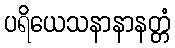
ပရိယေသနာနာနတ္တံ